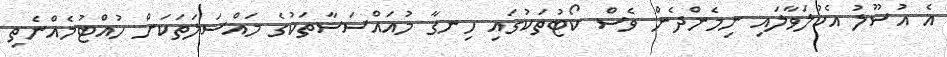
އެ އުސޫލު އެކުލަވާލައި ނިމެންދެން ވެސް ކޯޓުތަކުގައި ހިނގާ މުއައްސަސާތަކުގެ މައްސަލަތަކަށް ހުއްޓުމެއްނެތި